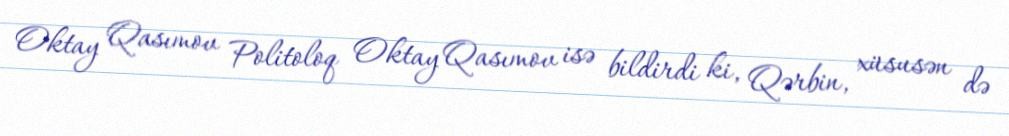
Oktay Qasımov Politoloq Oktay Qasımov isə bildirdi ki, Qərbin, xüsusən də